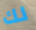
لك